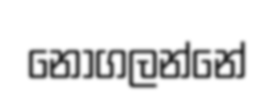
නොගලන්නේ